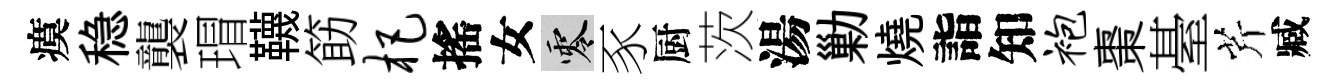
瘼稳襲瑁韈筯杷搖女零豕厨茨湯勦燒詣知袍棗䑓芹臧